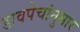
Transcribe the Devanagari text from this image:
डावपेचांनुसार